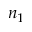
n _ { 1 }